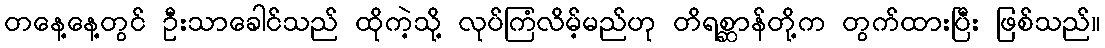
တနေ့နေ့တွင် ဦးသာခေါင်သည် ထိုကဲ့သို့ လုပ်ကြံလိမ့်မည်ဟု တိရစ္ဆာန်တို့က တွက်ထားပြီး ဖြစ်သည်။